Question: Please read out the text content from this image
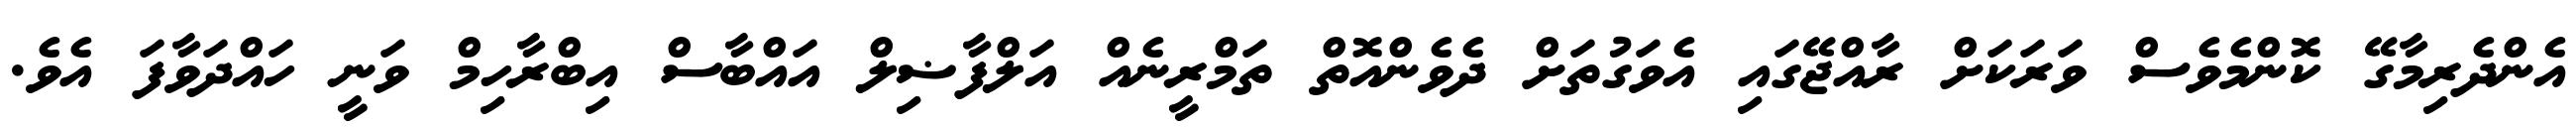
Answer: އެންދެރިމާގޭ ކޮންމެވެސް ވަރަކަށް ރާއްޖޭގައި އެވަގުތަށް ދެވެންއޮތް ތަމްރީނެއް އަލްފާޟިލް އައްބާސް އިބްރާހިމް ވަނީ ހައްދަވާފަ އެވެ.